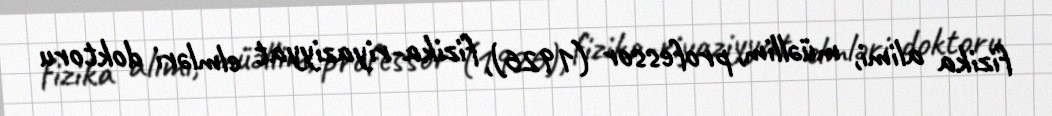
fizika alimi, müəllim, professor (1926), fizika-riyaziyyat elmləri doktoru